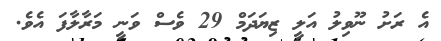
އެ ރަށު ނޫވިލު އަލީ ޒިޔަދަމް 29 ވެސް ވަނީ މަރާލާފަ އެވެ.